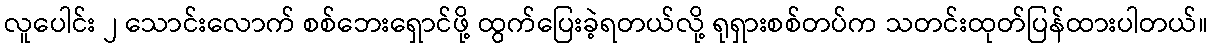
လူပေါင်း ၂ သောင်းလောက် စစ်ဘေးရှောင်ဖို့ ထွက်ပြေးခဲ့ရတယ်လို့ ရုရှားစစ်တပ်က သတင်းထုတ်ပြန်ထားပါတယ်။